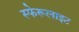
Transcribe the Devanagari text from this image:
स्फेरूलाइट